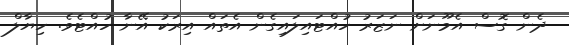
ދެން ގޮސް އެމޫނަށް ނަޒަރު ހުއްޓައިލައިގެން އެތައް އިރަކު އޭނާ ހުއްޓެވެ. ހިޔާލް